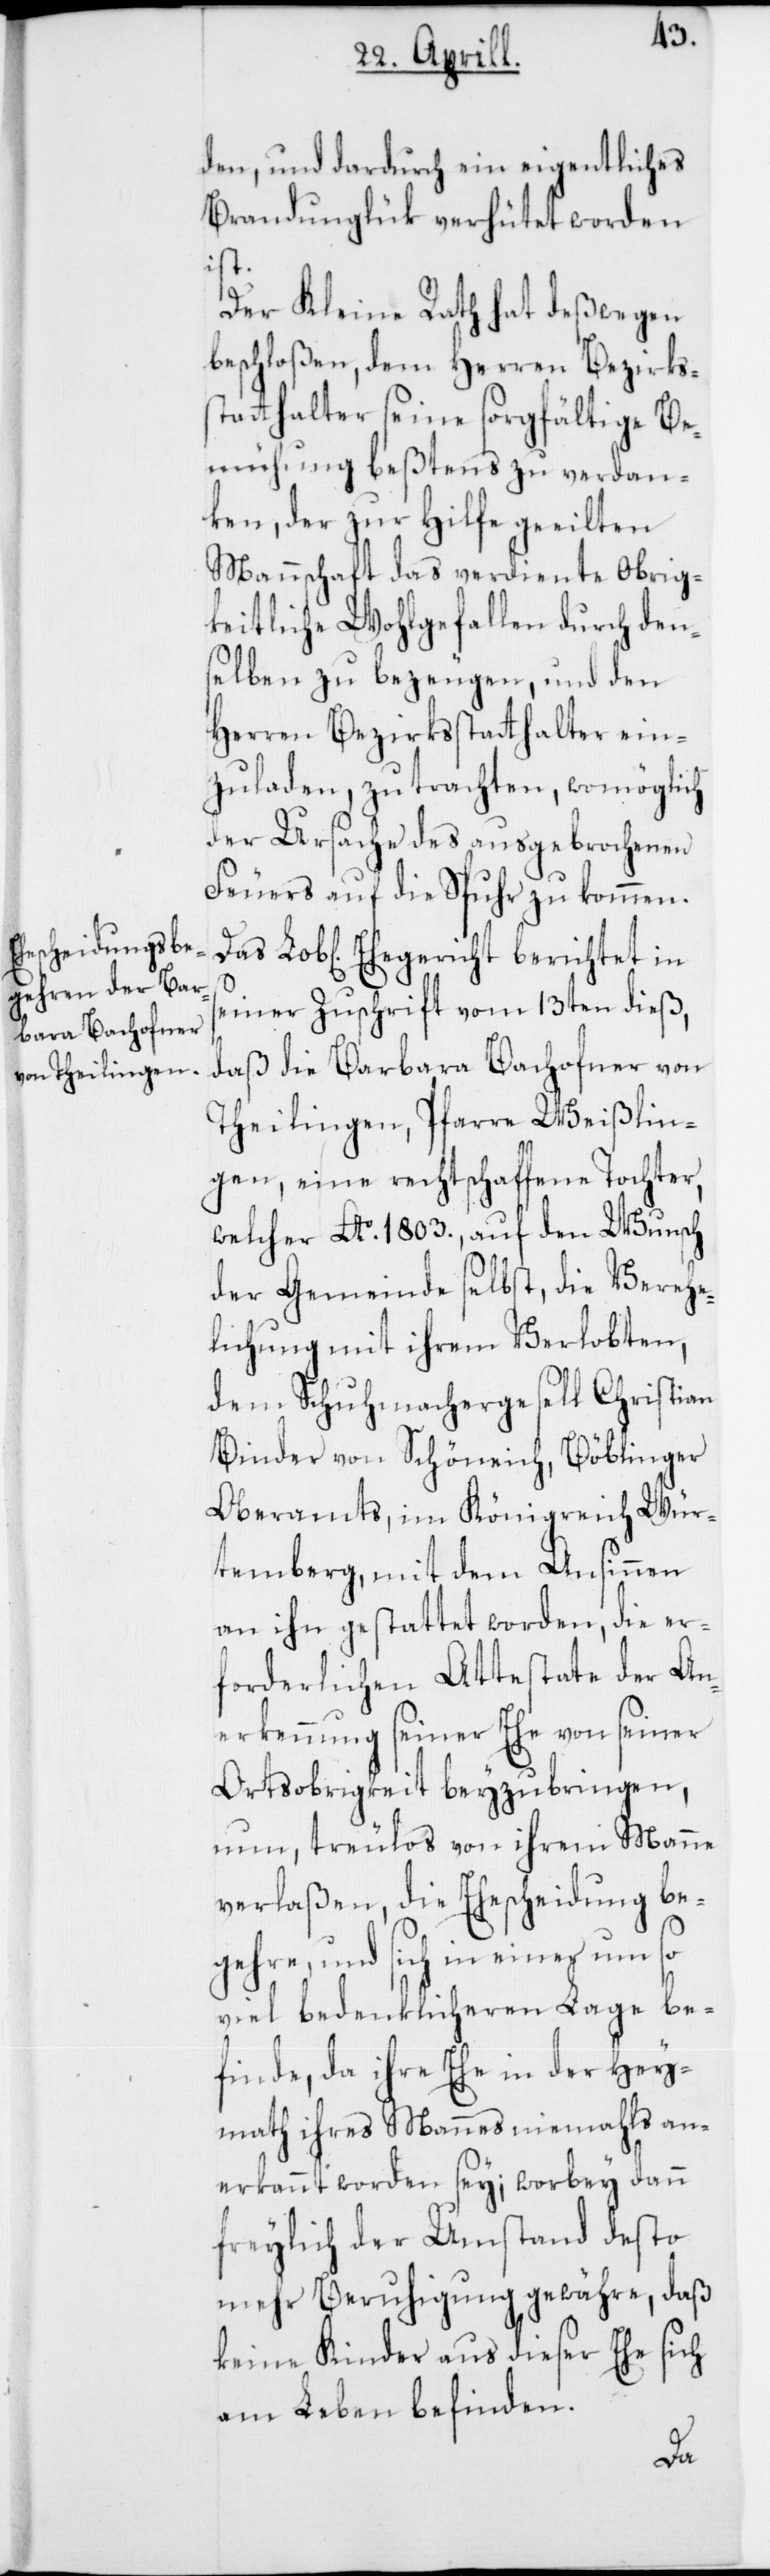
den, und dardurch ein eigentliches
Brandunglük verhütet worden
ist.
Der Kleine Rath hat deßwegen
beschloßen, dem Herren Bezirkss¬
tatthalter seine sorgfältige Be¬
mühung beßtens zu verdan¬
ken, der zur Hilfe geeilten
Mannschaft das verdiente Obrig¬
keitliche Wohlgefallen durch den¬
selben zu bezeugen, und den
Herren Bezirksstatthalter ein¬
zuladen, zu trachten, womöglich
der Ursache des ausgebrochenen
Feuers auf die Spuhr zu kommen.
Lob[liche] Ehegericht berichtet in
seiner Zuschrift vom 13ten dieß,
daß die Barbara Bachofner von
Theilingen, Pfarre Weißlin¬
gen, eine rechtschaffene Tochter,
welcher A0 1803., auf den Wunsch
der Gemeinde selbst, die Verehe¬
lichung mit ihrem Verlobten,
dem Schuhmachergesell Christian
Binder von Schöneich, Böblinger
Oberamts im Königreich Wür¬
temberg, mit dem Ansinnen
an ihn gestattet worden, die er¬
forderlichen Attestate der An¬
erkennung seiner Ehe von seiner
Ortsobrigkeit beyzubringen,
nun, treulos von ihrem Manne
verlaßen, die Ehescheidung be¬
gehre, und sich in einer um so
viel bedenklicheren Lage be¬
finde, da ihre Ehe in der Hey¬
math ihres Mannes niemahls an¬
erkannt worden sey; worbey dann
freylich der Umstand desto
mehr Beruhigung gewähre, daß
keine Kinder aus dieser Ehe sich
am Leben befinden.
Das